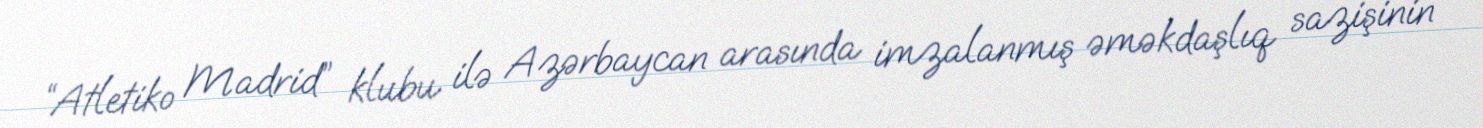
“Atletiko Madrid” klubu ilə Azərbaycan arasında imzalanmış əməkdaşlıq sazişinin